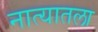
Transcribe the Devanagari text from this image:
नात्यातला